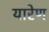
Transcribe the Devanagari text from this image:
यारेण